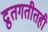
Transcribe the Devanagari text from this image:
द्रुतगतीतही